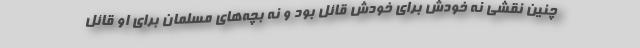
چنین نقشی نه خودش برای خودش قائل بود و نه بچه‌های مسلمان برای او قائل